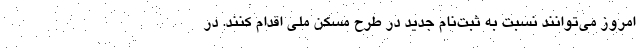
امروز می‌توانند نسبت به ثبت‌نام جدید در طرح مسکن ملی اقدام کنند. در